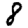
Digit: 8